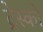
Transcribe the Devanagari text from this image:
ट्रेस्को